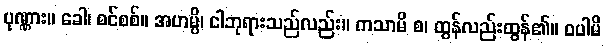
ပုဏ္ဏား။ ခေါ၊ စင်စစ်။ အဟမ္ပိ၊ ငါဘုရားသည်လည်း။ ကသာမိ စ၊ ထွန်လည်းထွန်၏။ ဝပါမိ